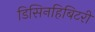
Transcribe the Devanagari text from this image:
डिसिनहिबिटरी